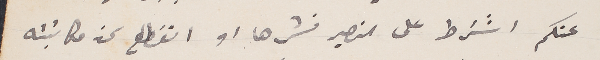
عنكم اشترط على النصير نشرها او انقطع عن مكاتبته